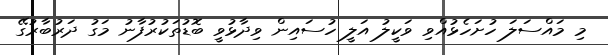
މި މައްސަލަ ހުށަހެޅުއްވި ވަކީލު އަލީ ހުސައިން ވިދާޅުވީ ބޮޑުތަކުރުފާނު މަގު ދަރުބާރުގޭ